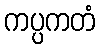
ကပ္ပကတံ